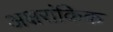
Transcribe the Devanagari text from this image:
अक्षरांकिक